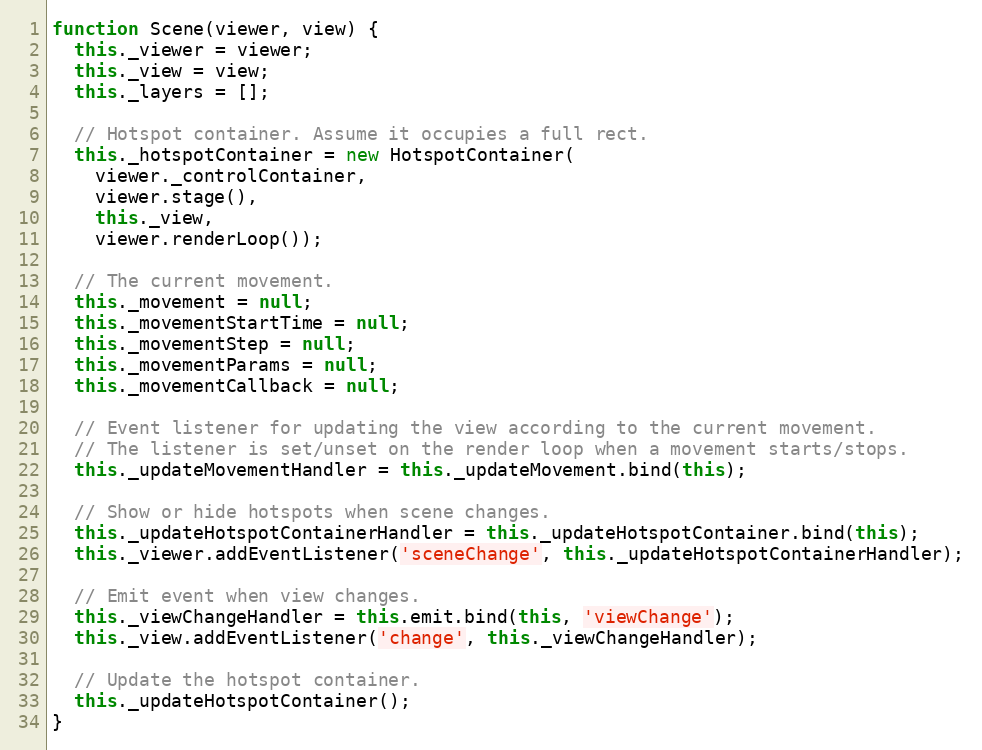
Language: JavaScript
function Scene(viewer, view) {
  this._viewer = viewer;
  this._view = view;
  this._layers = [];

  // Hotspot container. Assume it occupies a full rect.
  this._hotspotContainer = new HotspotContainer(
    viewer._controlContainer,
    viewer.stage(),
    this._view,
    viewer.renderLoop());

  // The current movement.
  this._movement = null;
  this._movementStartTime = null;
  this._movementStep = null;
  this._movementParams = null;
  this._movementCallback = null;

  // Event listener for updating the view according to the current movement.
  // The listener is set/unset on the render loop when a movement starts/stops.
  this._updateMovementHandler = this._updateMovement.bind(this);

  // Show or hide hotspots when scene changes.
  this._updateHotspotContainerHandler = this._updateHotspotContainer.bind(this);
  this._viewer.addEventListener('sceneChange', this._updateHotspotContainerHandler);

  // Emit event when view changes.
  this._viewChangeHandler = this.emit.bind(this, 'viewChange');
  this._view.addEventListener('change', this._viewChangeHandler);

  // Update the hotspot container.
  this._updateHotspotContainer();
}